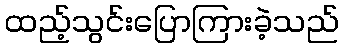
ထည့်သွင်းပြောကြားခဲ့သည်